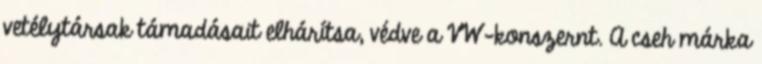
vetélytársak támadásait elhárítsa, védve a VW-konszernt. A cseh márka